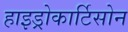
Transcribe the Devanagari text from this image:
हाइड्रोकार्टिसोन